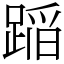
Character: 𨂻